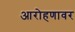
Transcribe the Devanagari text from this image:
आरोहणावर